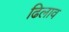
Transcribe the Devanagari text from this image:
ढिलाव